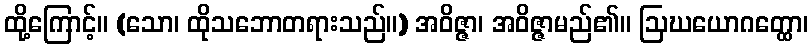
ထို့ကြောင့်။ (သော၊ ထိုသဘောတရားသည်။) အဝိဇ္ဇာ၊ အဝိဇ္ဇာမည်၏။ ဩဃယောဂတ္ထော၊